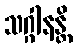
သဂ္ဂါနန္တိ